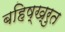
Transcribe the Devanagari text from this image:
बहिष्ख्रुत